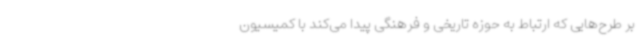
بر طرح‌هایی که ارتباط به حوزه تاریخی و فرهنگی پیدا می‌کند با کمیسیون